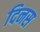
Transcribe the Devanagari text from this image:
दिनस